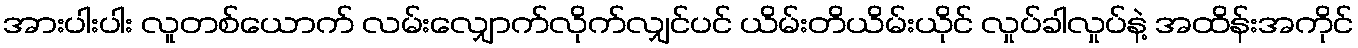
အားပါးပါး လူတစ်ယောက် လမ်းလျှောက်လိုက်လျှင်ပင် ယိမ်းတိယိမ်းယိုင် လှုပ်ခါလှုပ်နဲ့ အထိန်းအကိုင်